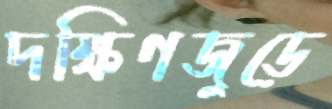
দক্ষিণজুড়ে